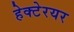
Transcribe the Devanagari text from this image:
हेक्टेरयर